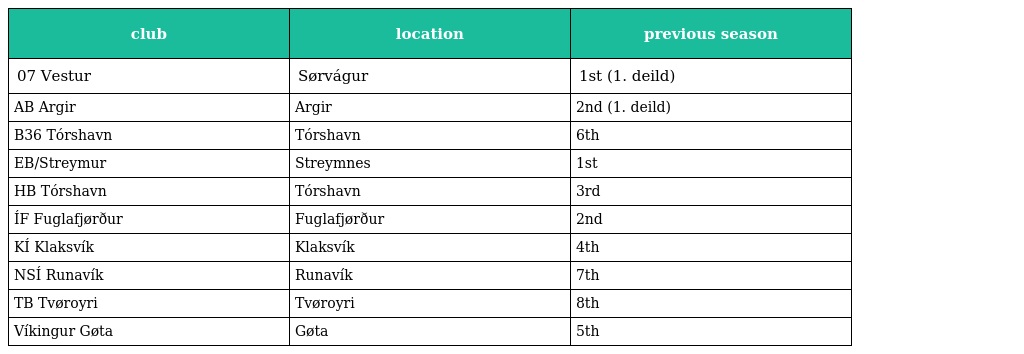
| club | location | previous season |
 | --- | --- | --- |
 | 07 Vestur | Sørvágur | 1st (1. deild) |
 | AB Argir | Argir | 2nd (1. deild) |
 | B36 Tórshavn | Tórshavn | 6th |
 | EB/Streymur | Streymnes | 1st |
 | HB Tórshavn | Tórshavn | 3rd |
 | ÍF Fuglafjørður | Fuglafjørður | 2nd |
 | KÍ Klaksvík | Klaksvík | 4th |
 | NSÍ Runavík | Runavík | 7th |
 | TB Tvøroyri | Tvøroyri | 8th |
 | Víkingur Gøta | Gøta | 5th |